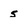
Character: 5